Civil Veterinary Department Bihar reports 1936-40 - 1936-1940
Year: 1936
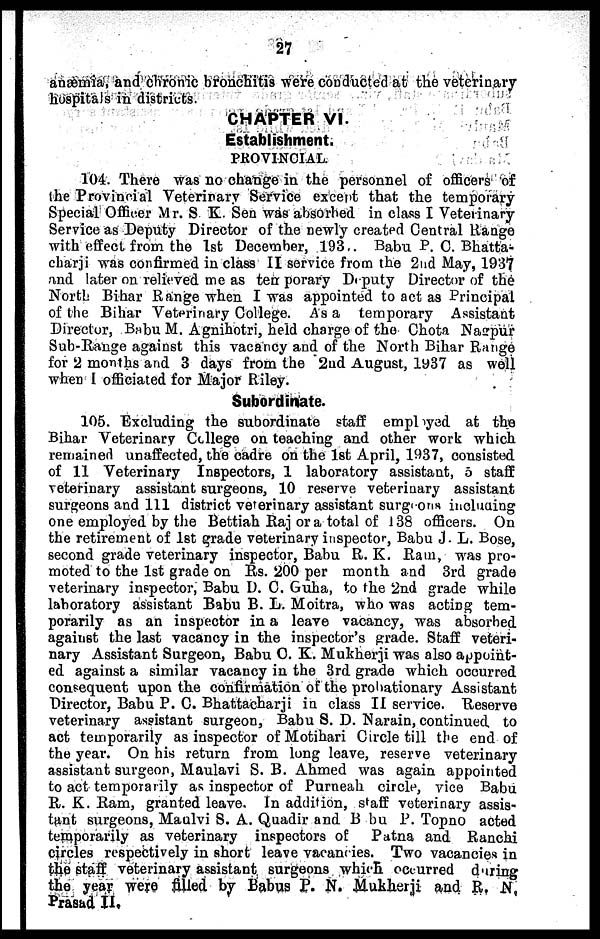
27
anæmia, and chronic bronchitis were conducted at the veterinary
hospitals in districts.
CHAPTER VI.
Establishment.
PROVINCIAL.
104. There was no change in the personnel of officers of
the Provincial Veterinary Service except that the temporary
Special Officer Mr. S K. Sen was absorbed in class I Veterinary
Service as Deputy Director of the newly created Central Range
with effect from the 1st December, 193.. Babu P. C. Bhatta-
charji was confirmed in class II service from the 2nd May, 1937
and later on relieved me as ten porary Deputy Director of the
North Bihar Range when I was appointed to act as Principal
of the Bihar Veterinary College. As a temporary Assistant
Director, Babu M. Agnihotri, held charge of the Chota Nagpur
Sub-Range against this vacancy and of the North Bihar Range
for 2 months and 3 days from the 2nd August, 1937 as well
when I officiated for Major Riley.
Subordinate.
105. Excluding the subordinate staff employed at the
Bihar Veterinary College on teaching and other work which
remained unaffected, the cadre on the 1st April, 1937, consisted
of 11 Veterinary Inspectors, 1 laboratory assistant, 5 staff
veterinary assistant surgeons, 10 reserve veterinary assistant
surgeons and 111 district veterinary assistant surgeons including
one employed by the Bettiah Raj or a total of 138 officers. On
the retirement of 1st grade veterinary inspector, Babu J. L. Bose,
second grade veterinary inspector, Babu R. K. Ram, was pro-
moted to the 1st grade on Rs. 200 per month and 3rd grade
veterinary inspector, Babu D. C. Guha, to the 2nd grade while
laboratory assistant Babu B. L. Moitra, who was acting tem-
porarily as an inspector in a leave vacancy, was absorbed
against the last vacancy in the inspector's grade. Staff veteri-
nary Assistant Surgeon, Babu C. K. Mukherji was also appoint-
ed against a similar vacancy in the 3rd grade which occurred
consequent upon the confirmation of the probationary Assistant
Director, Babu P. C. Bhattacharji in class II service. Reserve
veterinary assistant surgeon, Babu S. D. Narain, continued to
act temporarily as inspector of Motihari Circle till the end of
the year. On his return from long leave, reserve veterinary
assistant surgeon, Maulavi S. B. Ahmed was again appointed
to act temporarily as inspector of Purneah circle, vice Babu
R. K. Ram, granted leave. In addition, staff veterinary assis-
tant surgeons, Maulvi S. A. Quadir and Babu P. Topno acted
temporarily as veterinary inspectors of
Patna and Ranchi
circles respectively in short leave vacancies. Two vacancies in
the staff veterinary assistant surgeons which, occurred during
the year were filled by Babus P. N. Mukherji and R. N.
Prasad II.